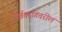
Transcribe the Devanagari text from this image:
पर्वतरांगेवरील